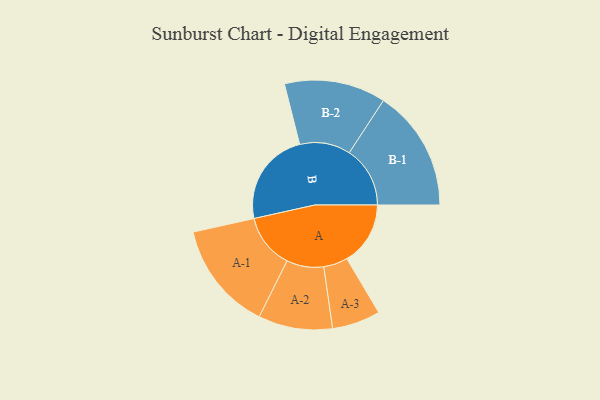
{"axis": {"x": "Segment", "y": "Value"}, "legend": ["", "A", "B"], "data": [{"x": "A", "y": 284, "type": ""}, {"x": "B", "y": 423, "type": ""}, {"x": "A-1", "y": 244, "type": "A"}, {"x": "A-2", "y": 166, "type": "A"}, {"x": "A-3", "y": 108, "type": "A"}, {"x": "B-1", "y": 272, "type": "B"}, {"x": "B-2", "y": 227, "type": "B"}]}